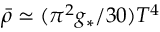
{ \bar { \rho } } \simeq ( \pi ^ { 2 } g _ { * } / 3 0 ) T ^ { 4 }